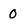
Character: 0